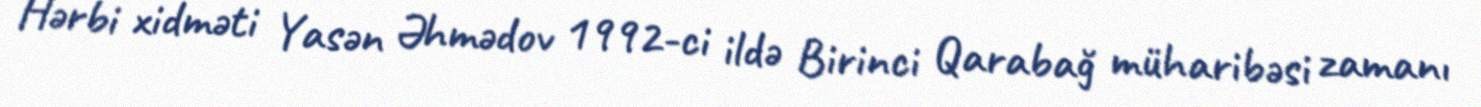
Hərbi xidməti Yasən Əhmədov 1992-ci ildə Birinci Qarabağ müharibəsi zamanı